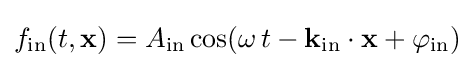
\displaystyle f_{\mathrm {in} }(t,\mathbf {x} )=A_{\mathrm {in} }\cos(\omega \,t-\mathbf {k} _{\mathrm {in} }\cdot \mathbf {x} +\varphi _{\mathrm {in} })